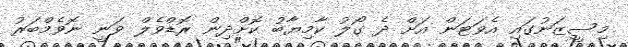
މިސީޒަނުގައި އެވަޓަން އަށް ދެ ގޯލު ކާމިޔާބު ކޮށްދިން ރޮޑްވެލް ވަނީ ނޮވެމްބަރު